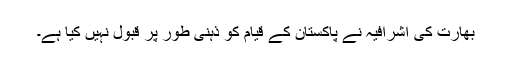
بھارت کی اشرافیہ نے پاکستان کے قیام کو ذہنی طور پر قبول نہیں کیا ہے۔